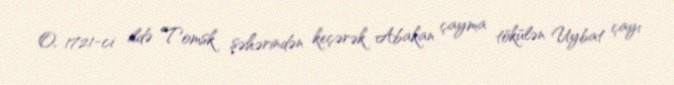
O, 1721-ci ildə Tomsk şəhərindən keçərək Abakan çayma tökülən Uybat çayı